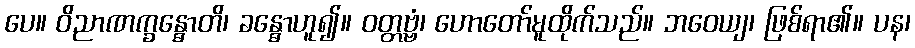
ပေ။ ဝိညာဏက္ခန္ဓောတိ၊ ခန္ဓောဟူ၍။ ဝတ္တဗ္ဗံ၊ ဟောတော်မူထိုက်သည်။ ဘဝေယျ၊ ဖြစ်ရာ၏။ ပန၊